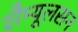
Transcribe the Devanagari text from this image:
सैम्यूलसन